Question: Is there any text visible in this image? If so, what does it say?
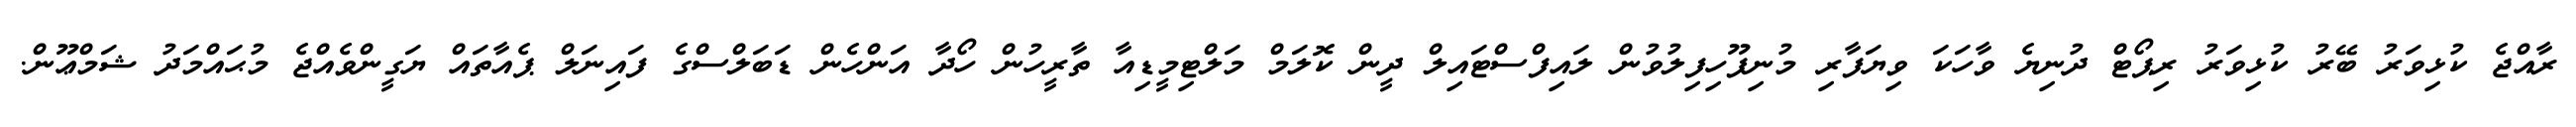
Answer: ރާއްޖެ ކުޅިވަރު ބޭރު ކުޅިވަރު ރިޕޯޓް ދުނިޔެ ވާހަކަ ވިޔަފާރި މުނިފޫހިފިލުވުން ލައިފްސްޓައިލް ދީން ކޮލަމް މަލްޓިމީޑިއާ ތާރީހުން ހޯދާ އަންހެން ޑަބަލްސްގެ ފައިނަލް ޕެއާތައް ޔަގީންވެއްޖެ މުޙައްމަދު ޝަމްޢޫން.